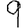
Digit: 9